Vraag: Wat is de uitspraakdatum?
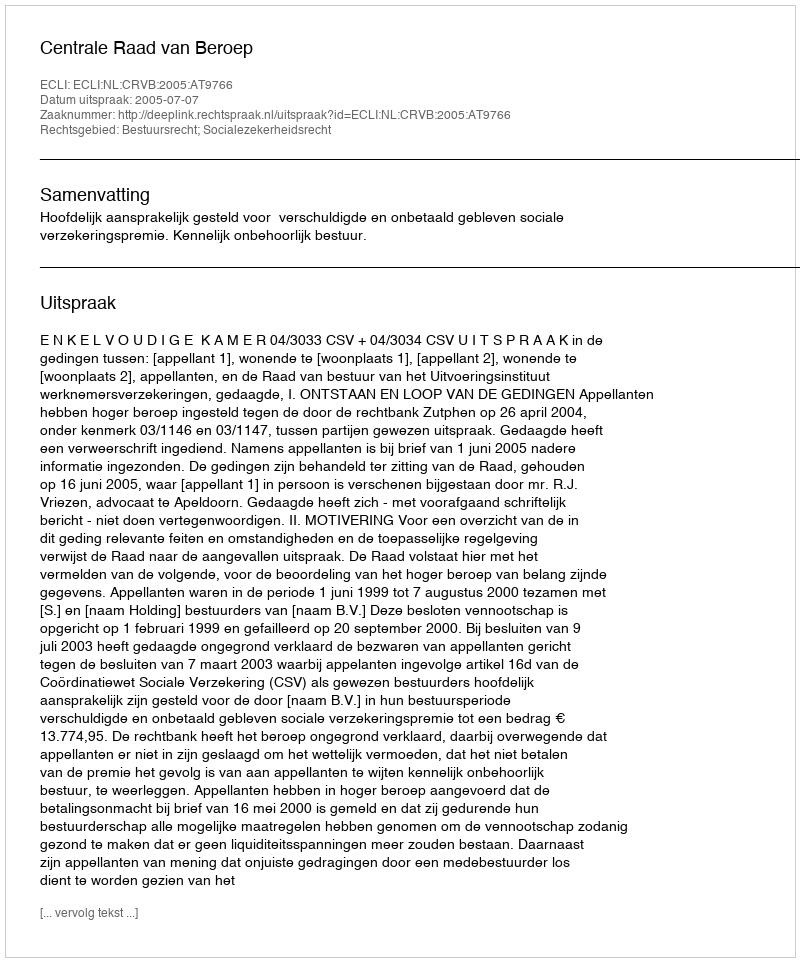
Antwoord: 2005-07-07